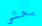
بحثي